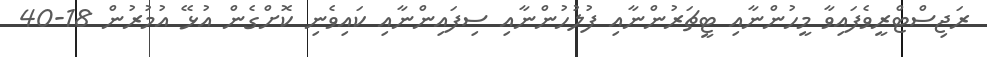
ރަޖިސްޓްރީވެފައިވާ މީހުންނާއި ޓީޗަރުންނާއި ފުލުހުންނާއި ސިފައިންނާއި ކައިވެނި ކޮށްގެން އުޅޭ އުމުރުން 18-40